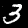
Label: 3